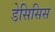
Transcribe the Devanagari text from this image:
डेसिसिस